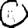
Digit: 0